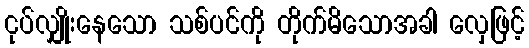
ငုပ်လျှိုးနေသော သစ်ပင်ကို တိုက်မိသောအခါ လှေဖြင့်